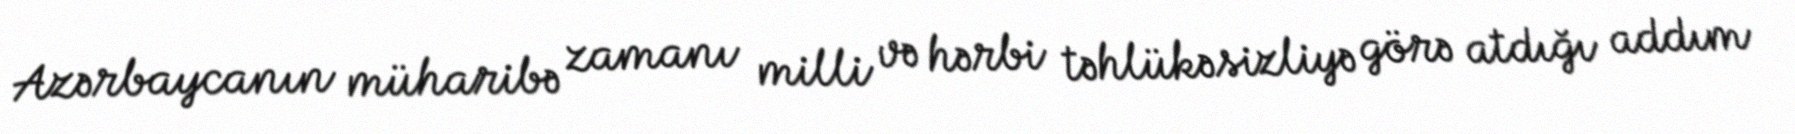
Azərbaycanın müharibə zamanı milli və hərbi təhlükəsizliyə görə atdığı addım